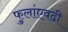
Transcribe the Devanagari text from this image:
फुलांएवढी